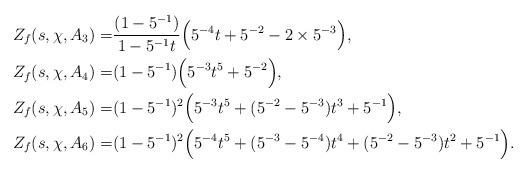
LaTeX: \begin{align*}Z_f(s, \chi, A_3)=&\dfrac{(1-5^{-1})}{1-5^{-1}t}\Big(5^{-4}t+5^{-2}-2\times5^{-3}\Big),\\Z_f(s, \chi, A_4)=&(1-5^{-1})\Big(5^{-3}t^5+5^{-2}\Big),\\Z_f(s, \chi, A_5)=&(1-5^{-1})^2\Big(5^{-3}t^5+(5^{-2}-5^{-3})t^3+5^{-1}\Big),\\Z_f(s, \chi, A_6)=&(1-5^{-1})^2\Big(5^{-4}t^5+(5^{-3}-5^{-4})t^4+(5^{-2}-5^{-3})t^2+5^{-1}\Big).\end{align*}